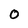
Character: 0